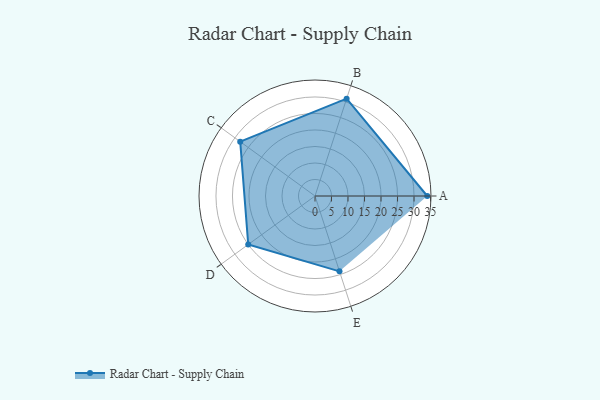
{"axis": {"x": "Skill", "y": "Score"}, "legend": ["Profile"], "data": [{"x": "A", "y": 34.0, "type": "Profile"}, {"x": "B", "y": 31.0, "type": "Profile"}, {"x": "C", "y": 28.0, "type": "Profile"}, {"x": "D", "y": 25.0, "type": "Profile"}, {"x": "E", "y": 24.0, "type": "Profile"}]}